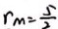
r _ { m } = \frac { 5 } { 2 }